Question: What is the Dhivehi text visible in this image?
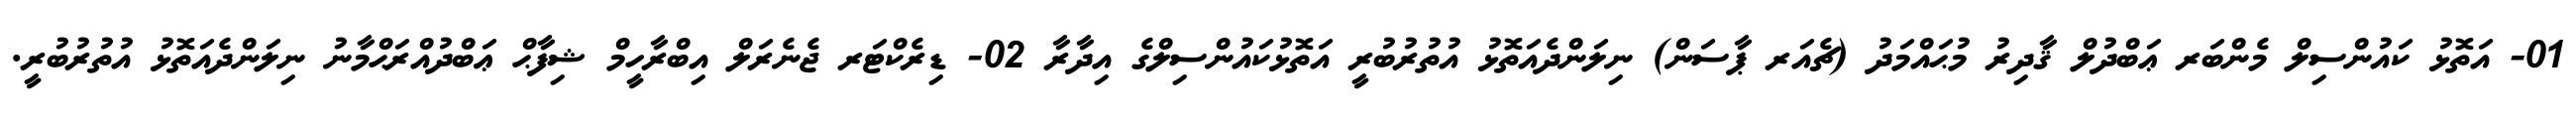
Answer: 01- އަތޮޅު ކައުންސިލް މެންބަރ ޢަބްދުލް ޤާދިރު މުޙައްމަދު (ޗެއަރ ޕާސަން) ނިލަންދެއަތޮޅު އުތުރުބުރީ އަތޮޅުކައުންސިލްގެ އިދާރާ 02- ޑިރެކްޓަރ ޖެނެރަލް އިބްރާހީމް ޝިފާޙް ޢަބްދުއްރަޙްމާނު ނިލަންދެއަތޮޅު އުތުރުބުރީ.